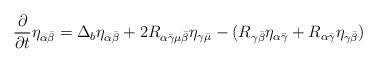
LaTeX: \begin{align*}\frac{\partial }{\partial t}\eta _{\alpha \bar{\beta}}=\Delta _{b}\eta_{\alpha \bar{\beta}}+2R_{\alpha \bar{\gamma}\mu \bar{\beta}}\eta _{\gamma \bar{\mu}}-(R_{\gamma \bar{\beta}}\eta _{\alpha \bar{\gamma}}+R_{\alpha \bar{\gamma}}\eta _{\gamma \bar{\beta}}) \end{align*}